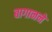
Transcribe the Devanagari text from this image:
बागानने